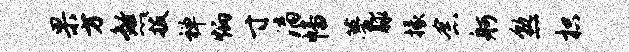
果方煞拔禅炳寸漓幡甍脉掾念舸熟枳